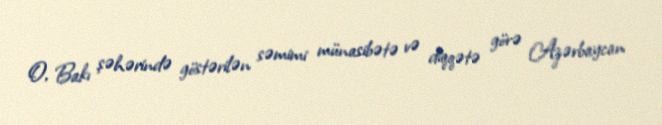
O, Bakı şəhərində göstərilən səmimi münasibətə və diqqətə görə Azərbaycan